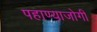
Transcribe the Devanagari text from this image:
पहाण्याजोगी